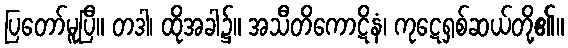
ပြတော်မူပြီ။ တဒါ၊ ထိုအခါ၌။ အသီတိကောဋိနံ၊ ကုဋေရှစ်ဆယ်တို့၏။